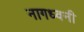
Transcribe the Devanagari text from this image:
नागध्वनी